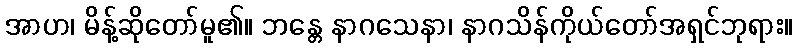
အာဟ၊ မိန့်ဆိုတော်မူ၏။ ဘန္တေ နာဂသေနာ၊ နာဂသိန်ကိုယ်တော်အရှင်ဘုရား။